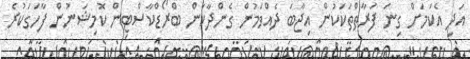
އަދި އެކަމަށް ގިނަ ފަރާތްތަކަކުން އިޖާބަ ދެއްވަމުން ގެންދާކަން ބްރޯޑްކާސްޓިން ކޮމިޝަނުން ފާހަގަކުރެ